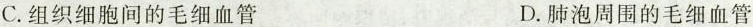
C.组织细胞间的毛细血管 D.肺泡周围的毛细血管